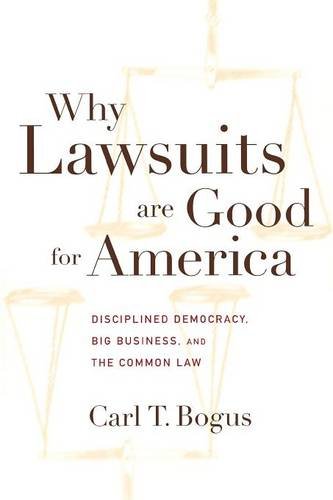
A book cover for Why Lawsuits are Good for America: Disciplined Democracy, Big Business, and the Common Law (Critical America); Carl T. Bogus; Law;